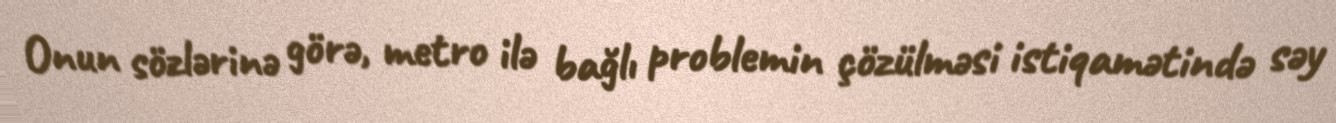
Onun sözlərinə görə, metro ilə bağlı problemin çözülməsi istiqamətində səy